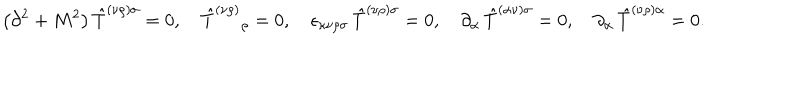
LaTeX: \left( \partial ^ { 2 } + M ^ { 2 } \right) { \hat { T } } ^ { ( \nu \rho ) \sigma } = 0 , \quad { \hat { T } } ^ { ( \nu \rho ) } { } _ { \rho } = 0 , \quad \epsilon _ { \kappa \nu \rho \sigma } \, { \hat { T } } ^ { ( \nu \rho ) \sigma } = 0 , \quad \partial _ { \alpha } \, { \hat { T } } ^ { ( { \alpha } \nu ) \sigma } = 0 , \quad \partial _ { \alpha } \, { \hat { T } } ^ { ( \nu \rho ) \alpha } = 0 .